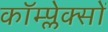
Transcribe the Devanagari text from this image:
कॉम्प्लेक्सों